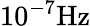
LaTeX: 10^{-7}\mathrm{Hz}